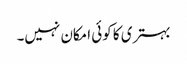
بہتری کا کوئی امکان نہیں۔